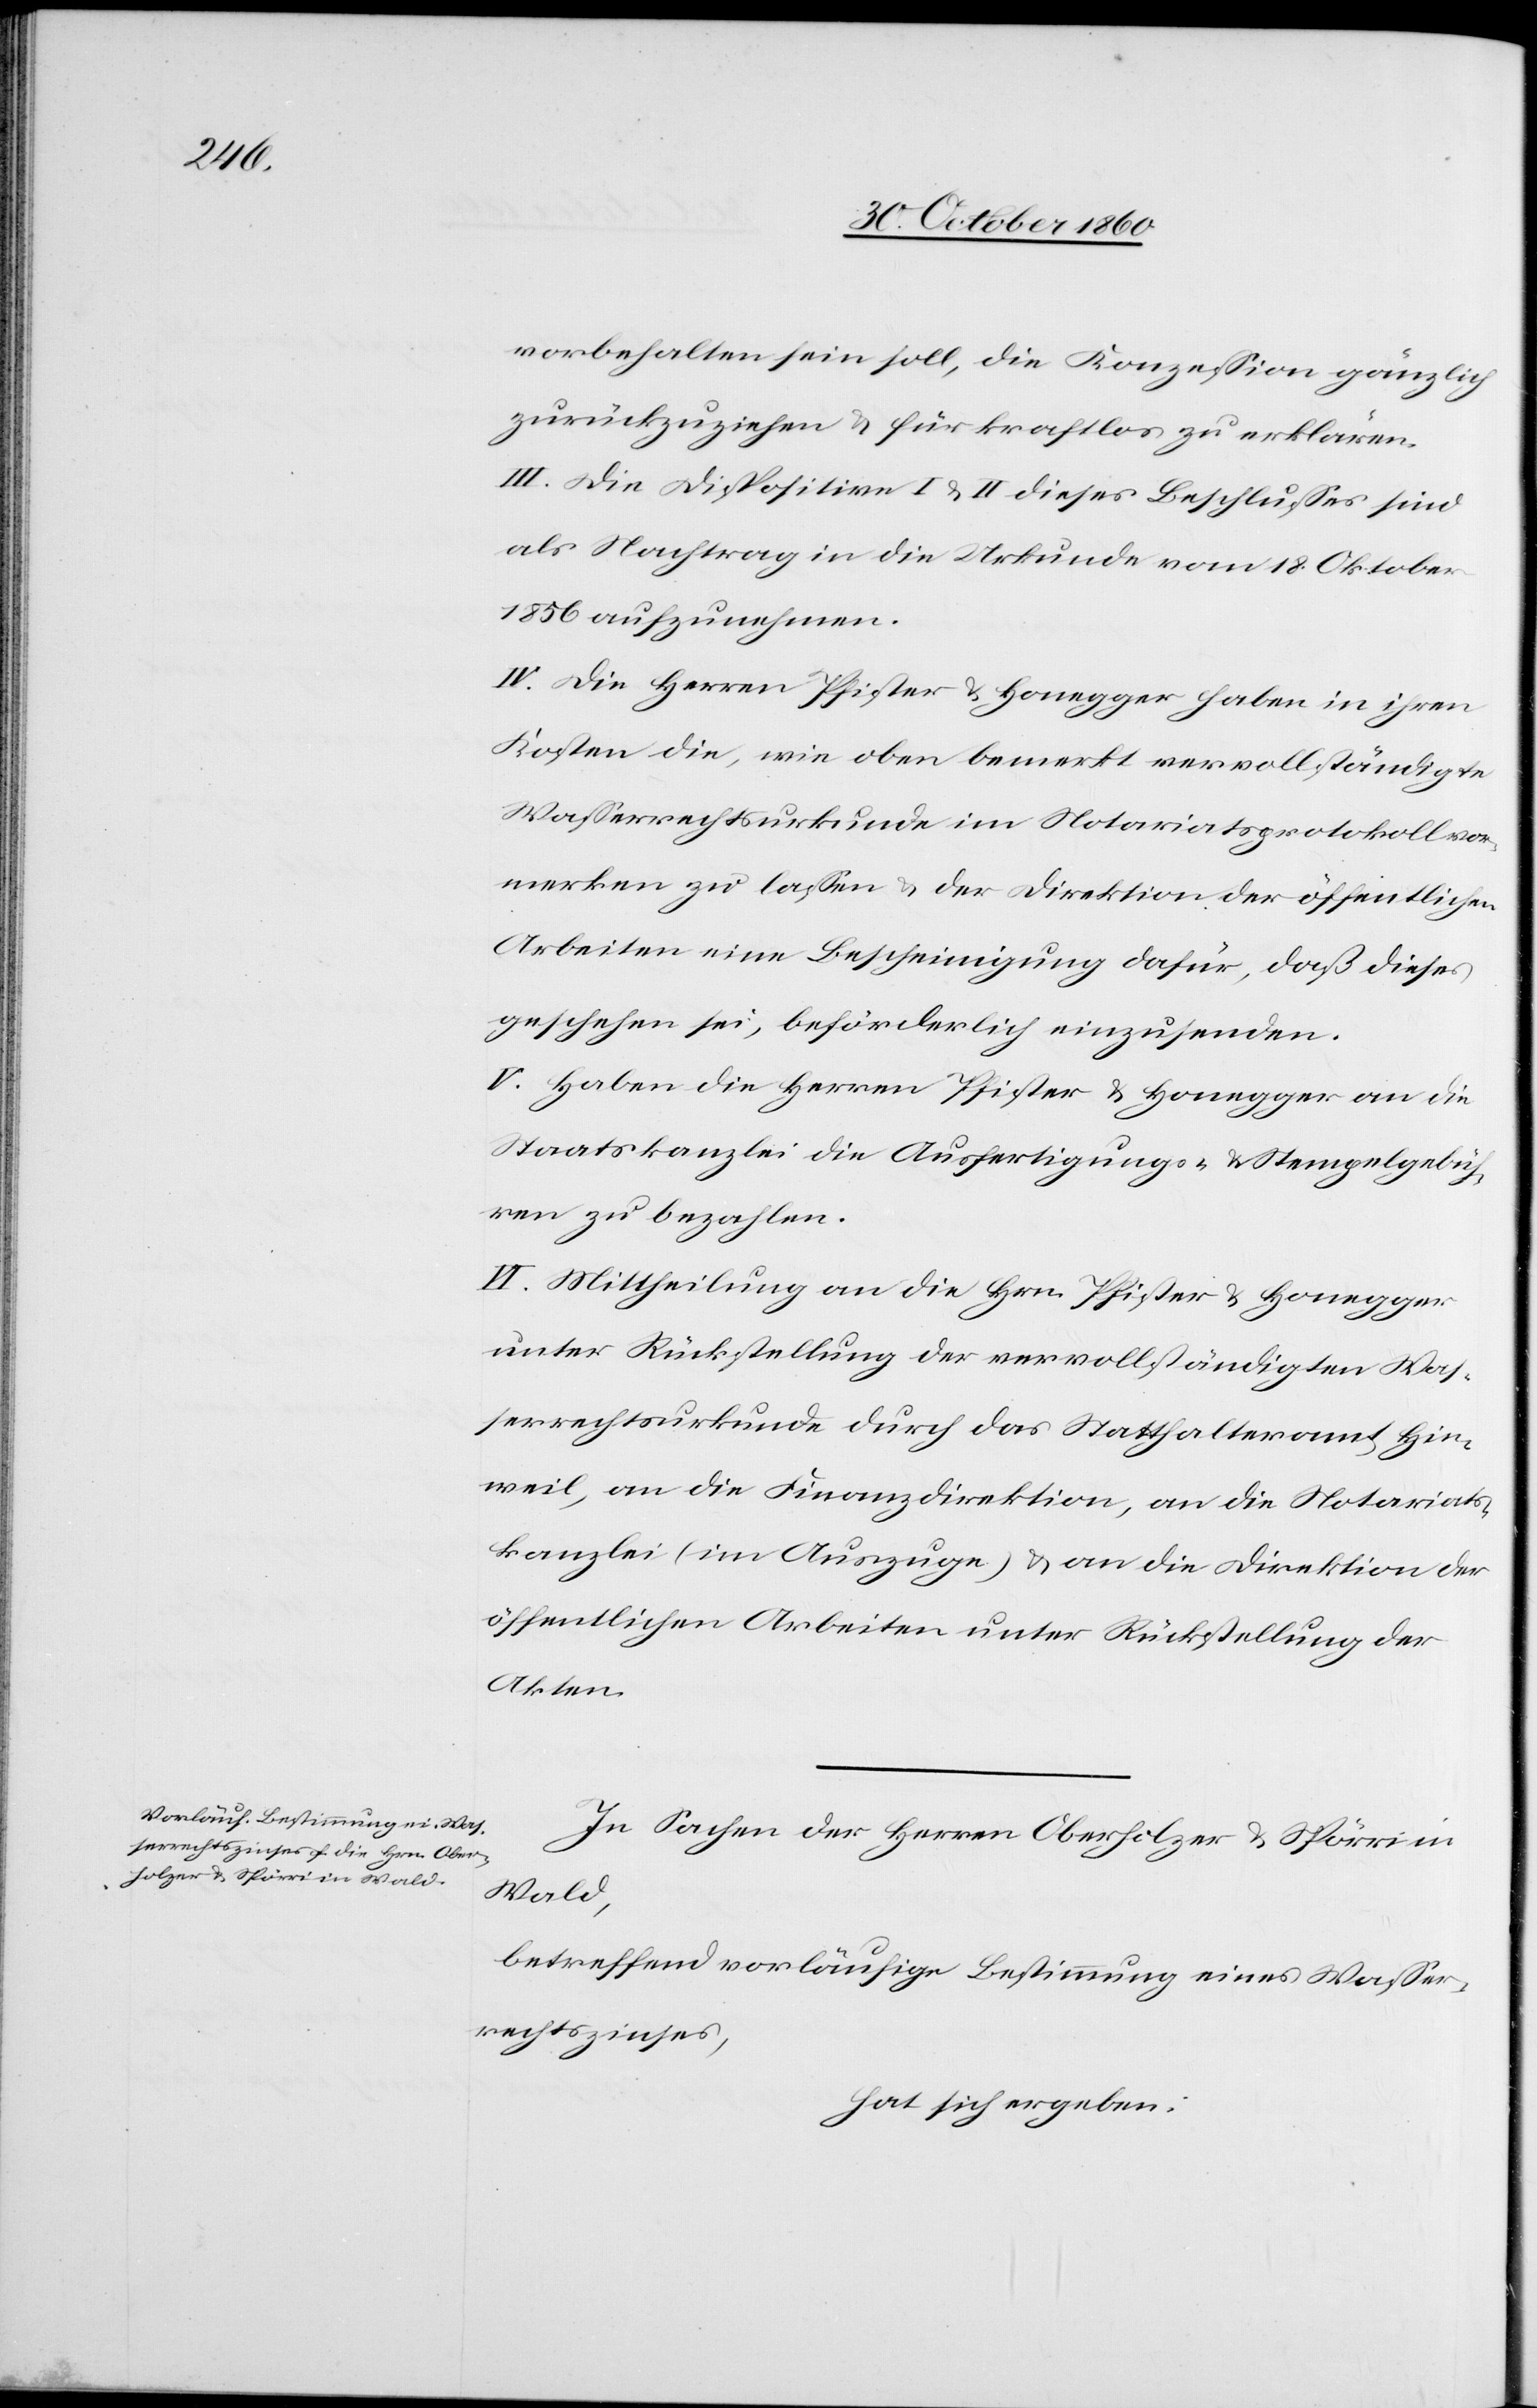
vorbehalten sein soll, die Konzession gänzlich
zurückzuziehen u. für kraftlos zu erklären.
III. Die Dispositive I u. II dieses Beschlusses sind
als Nachtrag in die Urkunde vom 18. Oktober
1856 aufzunehmen.
IV. Die Herren Pfister u. Honegger haben in ihren
Kosten die, wie oben bemerkt vervollständigte
Wasserrechtsurkunde im Notariatsprotokoll vor¬
merken zu lassen u. der Direktion der öffentlichen
Arbeiten eine Bescheinigung dafür, daß dieses
geschehen sei, beförderlich einzusenden.
V. Haben die Herren Pfister u. Honegger an die
Staatskanzlei die Ausfertigungs- u. Stempelgebüh¬
ren zu bezahlen.
VI. Mittheilung an die Hrn. Pfister u. Honegger
unter Rückstellung der vervollständigten Was¬
serrechtsurkunde durch das Statthalteramt Hin¬
weil, an die Finanzdirektion, an die Notariats¬
kanzlei ( im Auszuge) u. an die Direktion der
öffentlichen Arbeiten unter Rückstellung der
Akten.
In Sachen der Herren Oberholzer u. Spörri in
Wald,
betreffend vorläufige Bestimmung eines Wasser¬
rechtszinses,
hat sich ergeben: